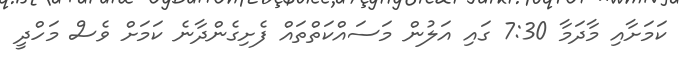
ކަމަށާއި މާދަމާ 7:30 ގައި އަލުން މަަސައްކަތްތައް ފެށިގެންދާނެ ކަމަށް ވެސް މަހްދީ